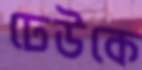
ঢেউকে